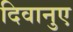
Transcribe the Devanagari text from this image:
दिवानुए